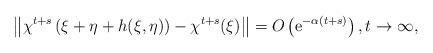
LaTeX: \begin{gather*}\left\Vert \chi^{t+s}\left(\xi+\eta+h(\xi,\eta)\right)-\chi^{t+s}(\xi)\right\Vert =O\left(\mathrm{e}^{-\alpha(t+s)}\right),t\to\infty,\end{gather*}